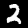
Label: 2